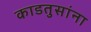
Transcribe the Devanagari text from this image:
काडतुसांना